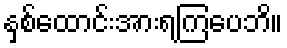
နှစ်ထောင်းအားရကြပေဘိ။